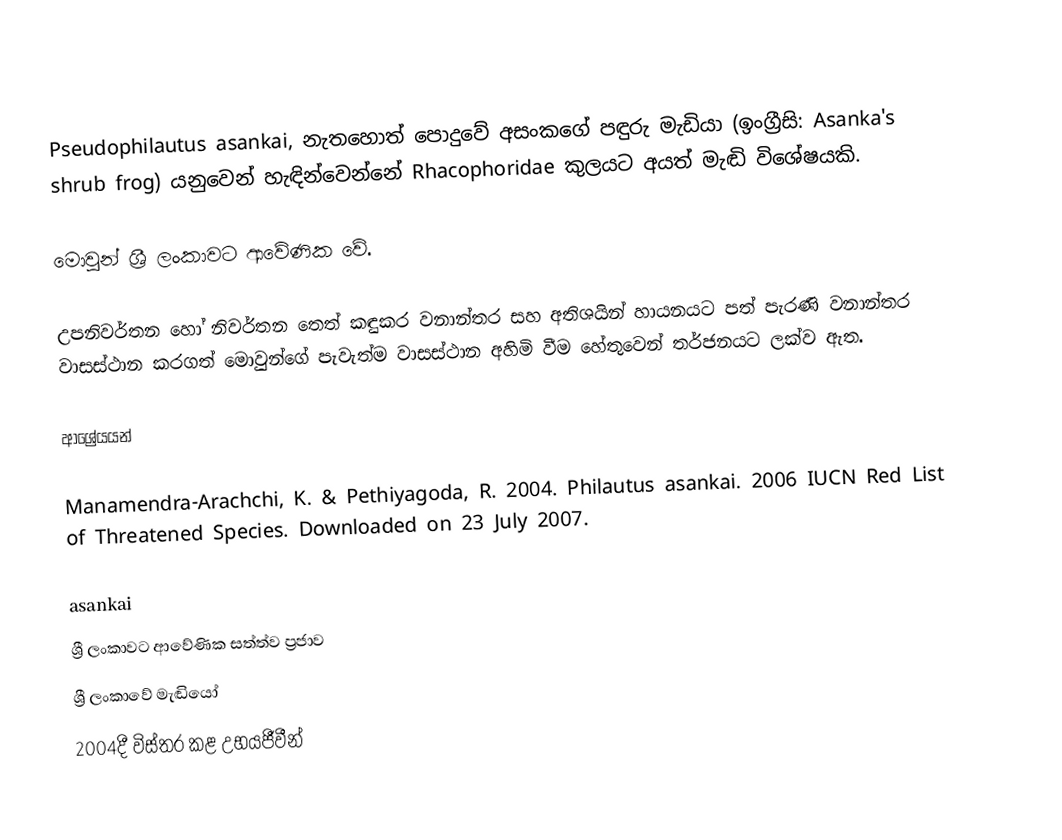
Pseudophilautus asankai, නැතහොත් පොදුවේ අසංකගේ පඳුරු මැඩියා (ඉංග්‍රීසි: Asanka's shrub frog) යනුවෙන් හැඳින්වෙන්නේ Rhacophoridae කුලයට අයත් මැඬි විශේෂයකි.

මොවුන් ශ්‍රී ලංකාවට ආවේණික වේ.

උපනිවර්තන හෝ නිවර්තන තෙත් කඳුකර වනාන්තර සහ අතිශයින් හායනයට පත් පැරණි වනාන්තර වාසස්ථාන කරගත් මොවුන්ගේ පැවැත්ම වාසස්ථාන අහිමි වීම හේතුවෙන් තර්ජනයට ලක්ව ඇත.

ආශ්‍රේයයන්

 Manamendra-Arachchi, K. & Pethiyagoda, R. 2004.  Philautus asankai.   2006 IUCN Red List of Threatened Species.   Downloaded on 23 July 2007.

asankai
ශ්‍රී ලංකාවට ආවේණික සත්ත්ව ප්‍රජාව
ශ්‍රී ලංකාවේ මැඬියෝ
2004දී විස්තර කළ උභයජීවීන්